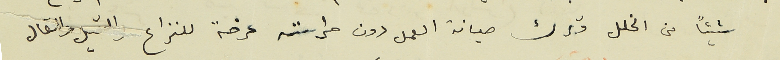
شيئاً من الخلل وترك صيانة العمل دون حراسته عرضة للنزاع والقيل والقال